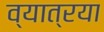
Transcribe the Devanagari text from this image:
व्यात्रया